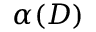
\alpha ( D )